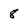
Character: 8